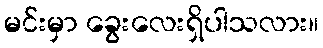
မင်းမှာ ခွေးလေးရှိပါသလား။